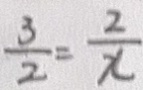
\frac { 3 } { 2 } = \frac { 2 } { x }